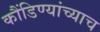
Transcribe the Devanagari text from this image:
कौंडिण्यांच्याच